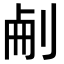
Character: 𠜐